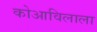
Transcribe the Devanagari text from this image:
कोआविलाला